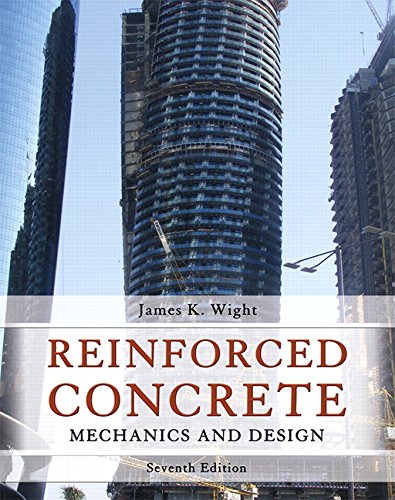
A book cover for Reinforced Concrete: Mechanics and Design (7th Edition); James K. Wight; Engineering & Transportation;